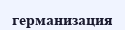
германизация